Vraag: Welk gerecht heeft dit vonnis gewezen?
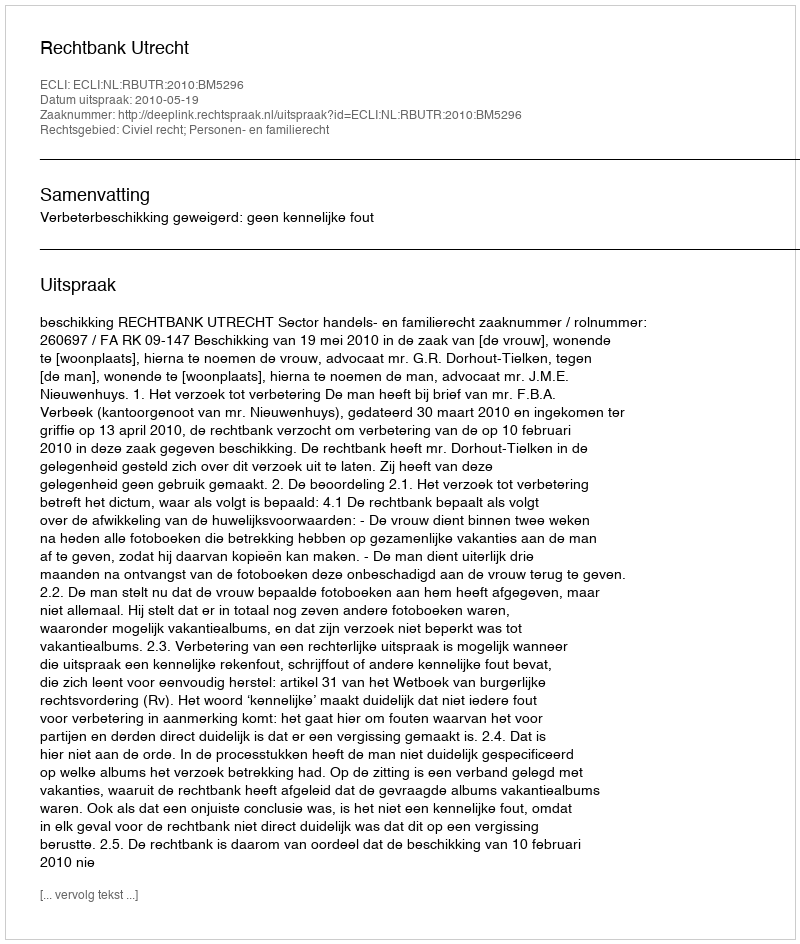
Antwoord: Rechtbank Utrecht